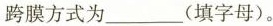
跨膜方式为___(填字母)。